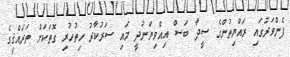
ފެންވަރުގައި ރައްޔިތުންގެ ސީދާ ބަސް އިއްވިޔަނުދީ މައި ސަރުކާރު ހިތުހުރި ގޮތަކަށް ތަރައްޤީގެ